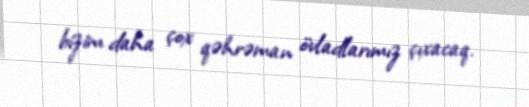
bizim daha çox qəhrəman övladlarımız çıxacaq.